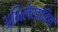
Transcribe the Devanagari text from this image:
अभिलेखांकित